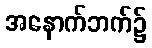
အနောက်ဘက်၌